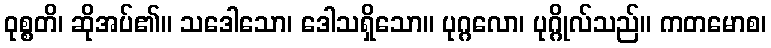
ဝုစ္စတိ၊ ဆိုအပ်၏။ သဒေါသော၊ ဒေါသရှိသော။ ပုဂ္ဂလော၊ ပုဂ္ဂိုလ်သည်။ ကတမောစ၊